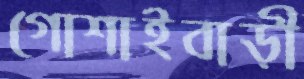
গোশাইবাড়ী